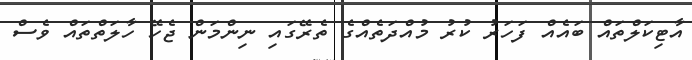
އާޓިކަލްތައް ބައެއް ފަހަރު ކުރު މުއްދަތެއްގެ ތެރޭގައި ނިންމަން ޖެހޭ ހާލަތްތައް ވެސް